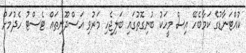
ކުއްޓަނާޑުގެ ކަމާބެހޭ އިސް މީހަކު ބުނިގޮތުގައި ބަލިޖެހި މަރުވި އަސްދޫނިތައް ޓެސްޓު ހެދުމަށް